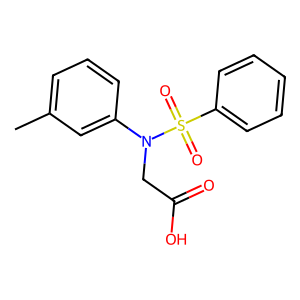
SMILES: Cc1cccc(N(CC(=O)O)S(=O)(=O)c2ccccc2)c1
Inhibits HIV replication: No